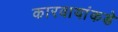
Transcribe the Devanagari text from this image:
कारवायांकडे